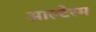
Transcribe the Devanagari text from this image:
आल्टेरम